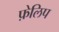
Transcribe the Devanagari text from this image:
फ़ेलिप